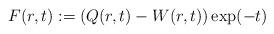
LaTeX: \begin{align*}F(r,t):=(Q(r,t)-W(r,t))\exp(- t)\end{align*}